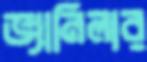
ভ্যানিলার